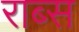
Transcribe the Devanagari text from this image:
राब्स